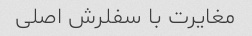
مغایرت با سفلرش اصلی